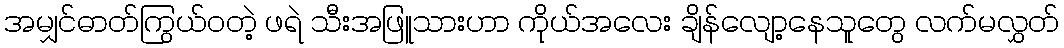
အမျှင်ဓာတ်ကြွယ်ဝတဲ့ ဖရဲ သီးအဖြူသားဟာ ကိုယ်အလေး ချိန်လျော့နေသူတွေ လက်မလွှတ်